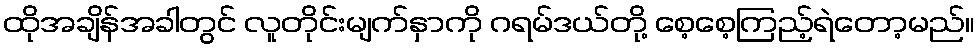
ထိုအချိန်အခါတွင် လူတိုင်းမျက်နှာကို ဂရမ်ဒယ်တို့ စေ့စေ့ကြည့်ရဲတော့မည်။